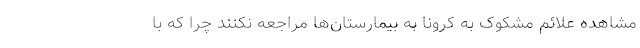
مشاهده علائم مشکوک به کرونا به بیمارستان‌ها مراجعه نکنند چرا که با